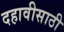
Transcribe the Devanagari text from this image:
दहावीसाठी